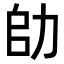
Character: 𠡒